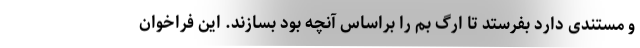
و مستندی دارد بفرستد تا ارگ بم را براساس آنچه بود بسازند. این فراخوان